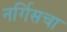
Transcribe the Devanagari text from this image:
नर्गिसचा